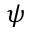
\psi